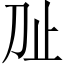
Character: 𬅷